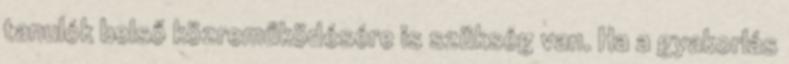
tanulók belső közreműködésére is szükség van. Ha a gyakorlás